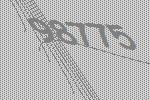
98775